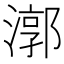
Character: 漷